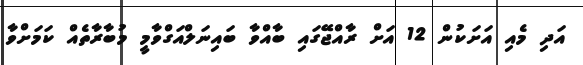
އަދި މެއި އަށަކުން 12 އަށް ރާއްޖޭގައި ބާއްވާ ބައިނަލްއަގްވާމީ މުބާރާތެއް ކަމަށްވާ